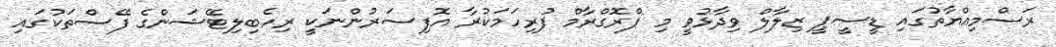
ރަސްމިއްޔާތުގައި ޑީސީޕީ ޒިލާލް ވިދާޅުވީ މި ޕްރޮގްރާމް ފުރިހަމަކުރާ އޮފިސަރުންނަކީ ރިހެބިލިޓޭޝަންގެ ފޭސްތަކުގައި